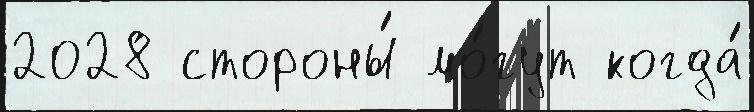
2028 стороны́ мо́гут когда́